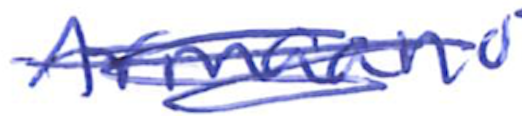
Text: Armaano
Cross-out: scratch
Writing tool: ballpoint